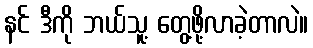
နင် ဒီကို ဘယ်သူ့ တွေ့ဖို့လာခဲ့တာလဲ။